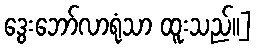
ဒွေးဘော်လာရုံသာ ထူးသည်၊၊]